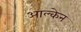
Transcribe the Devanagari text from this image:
आल्केन